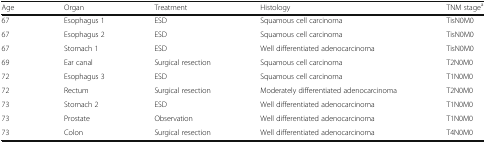
| Age | Organ | Treatment | Histology | TNM stagea |
 | --- | --- | --- | --- | --- |
 | 67 | Esophagus 1 | ESD | Squamous cell carcinoma | TisN0M0 |
 | 67 | Esophagus 2 | ESD | Squamous cell carcinoma | TisN0M0 |
 | 67 | Stomach 1 | ESD | Well differentiated adenocarcinoma | TisN0M0 |
 | 69 | Ear canal | Surgical resection | Squamous cell carcinoma | T2N0M0 |
 | 72 | Esophagus 3 | ESD | Squamous cell carcinoma | T1N0M0 |
 | 72 | Rectum | Surgical resection | Moderately differentiated adenocarcinoma | T2N0M0 |
 | 73 | Stomach 2 | ESD | Well differentiated adenocarcinoma | T1N0M0 |
 | 73 | Prostate | Observation | Well differentiated adenocarcinoma | T1N0M0 |
 | 73 | Colon | Surgical resection | Well differentiated adenocarcinoma | T4N0M0 |